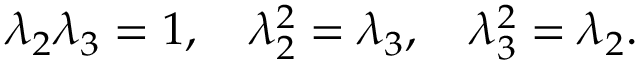
\lambda _ { 2 } \lambda _ { 3 } = 1 , \quad \lambda _ { 2 } ^ { 2 } = \lambda _ { 3 } , \quad \lambda _ { 3 } ^ { 2 } = \lambda _ { 2 } .